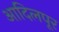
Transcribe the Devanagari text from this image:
आदिलपूर